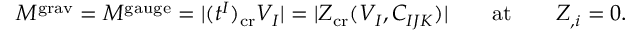
M ^ { \mathrm { g r a v } } = M ^ { \mathrm { g a u g e } } = | ( t ^ { I } ) _ { \mathrm { c r } } V _ { I } | = | Z _ { \mathrm { c r } } ( V _ { I } , C _ { I J K } ) | \qquad \mathrm { a t } \qquad Z _ { , i } = 0 .